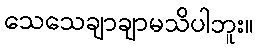
သေသေချာချာမသိပါဘူး။